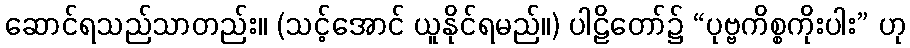
ဆောင်ရသည်သာတည်း။ (သင့်အောင် ယူနိုင်ရမည်။) ပါဠိတော်၌ “ပုဗ္ဗကိစ္စကိုးပါး” ဟု